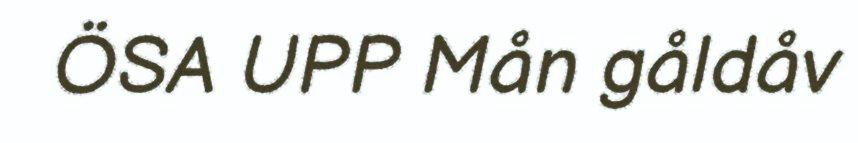
ÖSA UPP Mån gåldåv